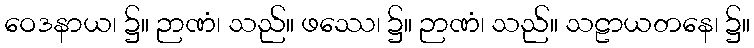
ဝေဒနာယ၊ ၌။ ဉာဏံ၊ သည်။ ဖဿေ၊ ၌။ ဉာဏံ၊ သည်။ သဠာယတနေ၊ ၌။